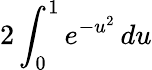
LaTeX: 2\int_{0}^{1}e^{-u^{2}}\, du